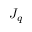
J _ { q }